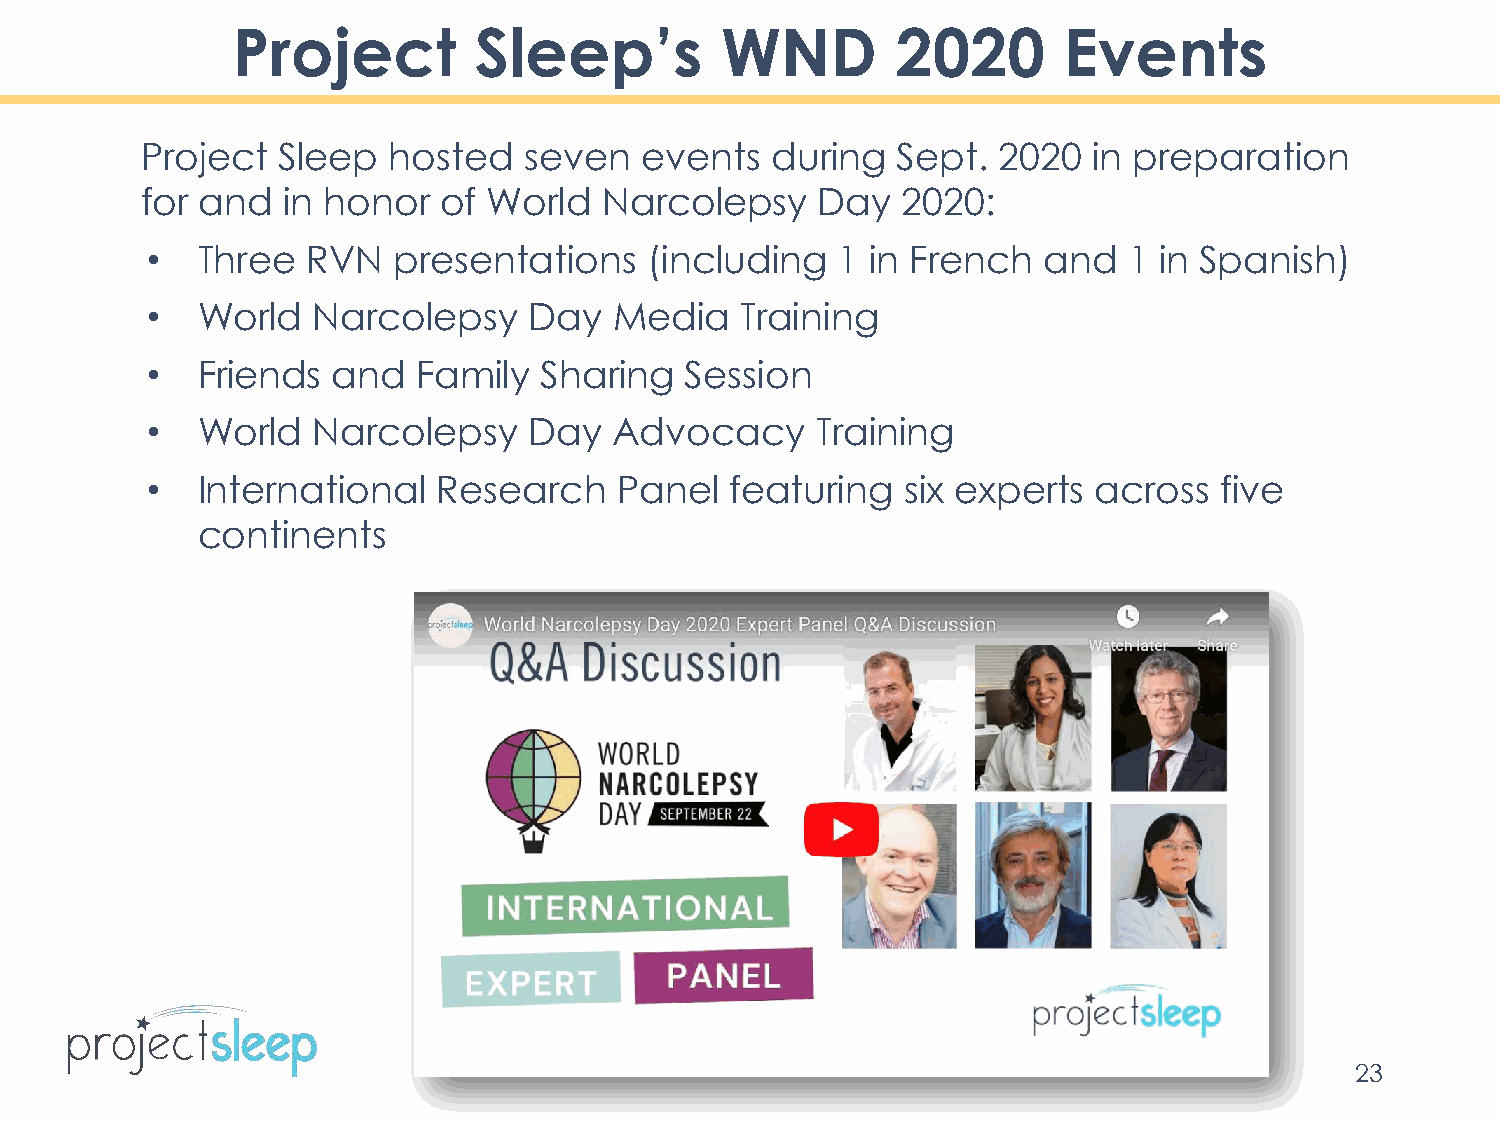
Project         Sleep’s          WND        2020       Events
 Project  Sleep   hosted   seven  events   during  Sept.  2020  in preparation
 for and   in honor  of World   Narcolepsy    Day   2020:
 •  Three  RVN   presentations    (including  1  in French  and   1 in Spanish)
 •  World   Narcolepsy    Day   Media   Training
 •  Friends  and   Family  Sharing  Session
 •  World   Narcolepsy    Day   Advocacy     Training
 •  International   Research    Panel  featuring   six experts  across  five
 continents
 23